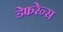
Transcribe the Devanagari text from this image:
डेफरेन्स